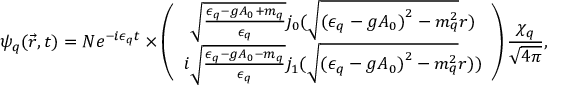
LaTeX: { \psi } _ { q } ( { \vec { r } } , t ) = { \cal { N } } e ^ { - i { \epsilon } _ { q } t } \times \left( \begin{array} { c } { { { \sqrt { \frac { { \epsilon } _ { q } - g { A } _ { 0 } + { m } _ { q } } { { \epsilon } _ { q } } } j _ { 0 } ( \sqrt { { ( { \epsilon } _ { q } - g { A } _ { 0 } ) } _ { } ^ { 2 } - { m } _ { q } ^ { 2 } } r ) } } } \\ { { i { \sqrt { \frac { { \epsilon } _ { q } - g { A } _ { 0 } - { m } _ { q } } { { \epsilon } _ { q } } } j _ { 1 } ( \sqrt { { ( { \epsilon } _ { q } - g { A } _ { 0 } ) } _ { } ^ { 2 } - { m } _ { q } ^ { 2 } } r ) ) } } } \end{array} \right) { \frac { { \chi } _ { q } } { \sqrt { 4 \pi } } } ,